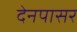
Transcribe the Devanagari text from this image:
देनपासर